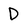
Character: D